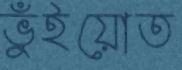
ভুঁইয়োত